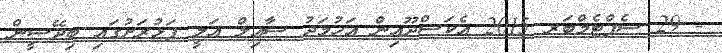
- 29 ސެޕްޓެމްބަރ 2015 އެކަސްދޫއިން އަހުމަދު ސާއިލް އަލީ ފަޅުރަށުގައި ބިިދޭސީން